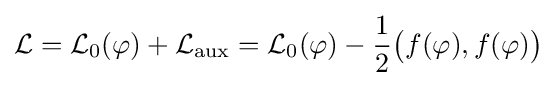
{\mathcal {L}}={\mathcal {L}}_{0}(\varphi )+{\mathcal {L}}_{\text{aux}}={\mathcal {L}}_{0}(\varphi )-{\frac {1}{2}}{\big (}f(\varphi ),f(\varphi ){\big )}